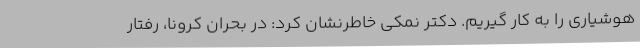
هوشیاری را به کار گیریم. دکتر نمکی خاطرنشان کرد: در بحران کرونا، رفتار